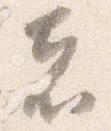
者